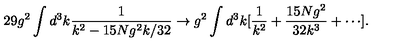
2 9 g ^ { 2 } \int d ^ { 3 } k \frac { 1 } { k ^ { 2 } - 1 5 N g ^ { 2 } k / 3 2 } \rightarrow g ^ { 2 } \int d ^ { 3 } k [ \frac { 1 } { k ^ { 2 } } + \frac { 1 5 N g ^ { 2 } } { 3 2 k ^ { 3 } } + \cdots ] .